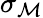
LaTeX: \sigma_{\mathcal{M}}